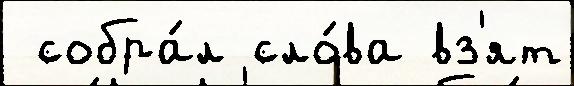
 собра́л сло́ва вз'ят